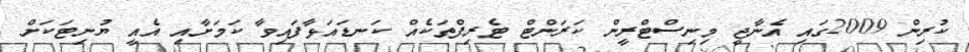
ކުރިން 2009ގައި އެނާޖީ މިނިސްޓްރީން ކަރަންޓް ޓެރިފްތަކެއް ކަނޑައަޅާފައިވާ ކަމަށާއި އެއީ ޔުނިޓަކަށް